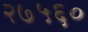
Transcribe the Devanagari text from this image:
२७५६०